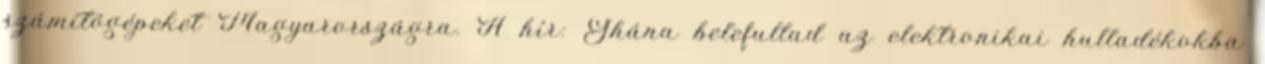
számítógépeket Magyarországra. A hír: Ghána belefullad az elektronikai hulladékokba